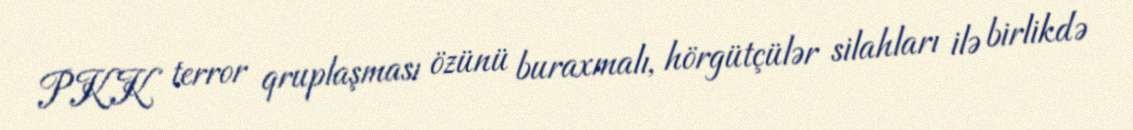
PKK terror qruplaşması özünü buraxmalı, hörgütçülər silahları ilə birlikdə